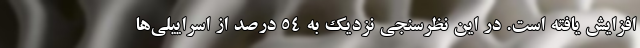
افزایش یافته است. در این نظرسنجی نزدیک به 54 درصد از اسراییلی‌ها